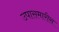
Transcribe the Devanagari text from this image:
उपासमारीस